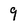
Character: 9